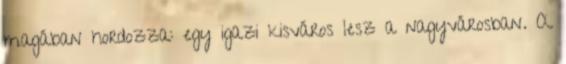
magában hordozza: egy igazi kisváros lesz a nagyvárosban. A